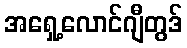
အရှေ့လောင်ဂျီတွဒ်